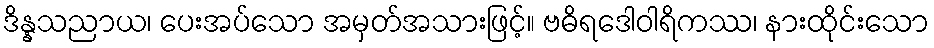
ဒိန္နသညာယ၊ ပေးအပ်သော အမှတ်အသားဖြင့်။ ဗဓိရဒေါဝါရိကဿ၊ နားထိုင်းသော